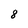
Character: 8